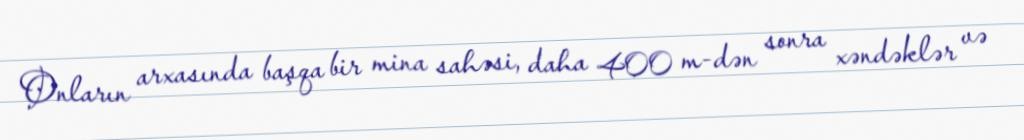
Onların arxasında başqa bir mina sahəsi, daha 400 m-dən sonra xəndəklər və